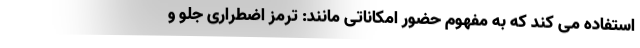
استفاده می کند که به مفهوم حضور امکاناتی مانند: ترمز اضطراری جلو و